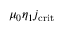
\mu _ { 0 } \eta _ { 1 } j _ { \mathrm { c r i t } }